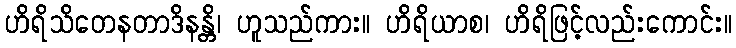
ဟိရိသိတေနတာဒိနန္တိ၊ ဟူသည်ကား။ ဟိရိယာစ၊ ဟိရိဖြင့်လည်းကောင်း။